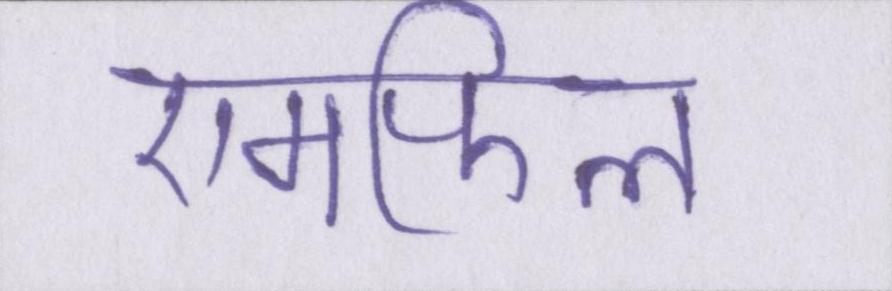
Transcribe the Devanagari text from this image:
एमफिल